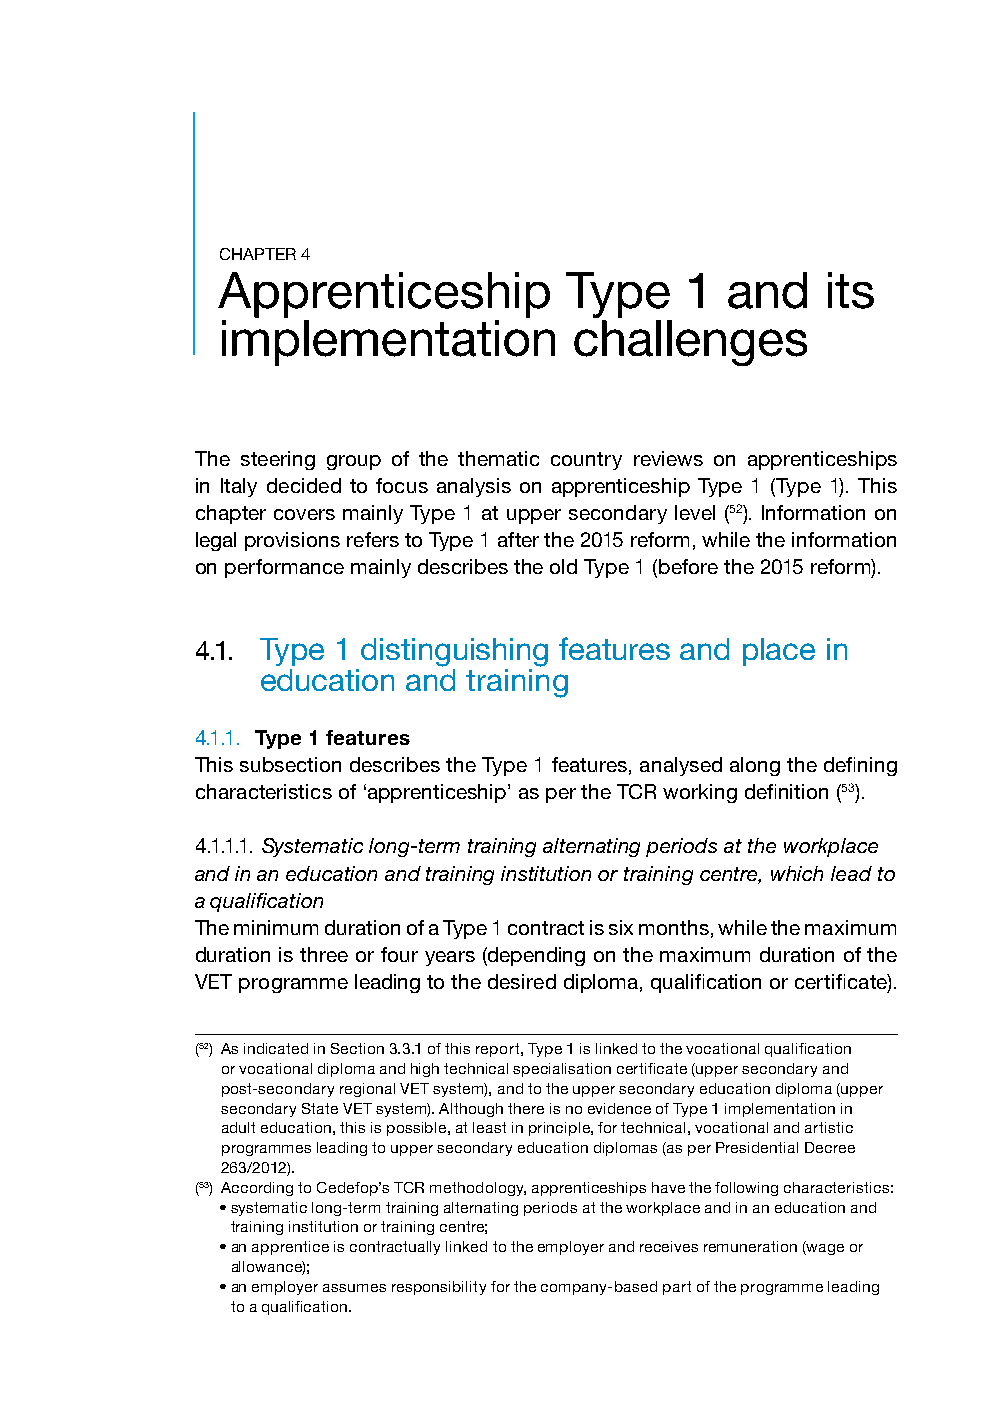
CHAPTER 4
 Apprenticeship         Type    1  and    its
 implementation          challenges
 The steering group of the thematic country reviews on apprenticeships
 in Italy decided to focus analysis on apprenticeship Type 1 (Type 1). This
 chapter covers mainly Type 1 at upper secondary level (52). Information on
 legal provisions refers to Type 1 after the 2015 reform, while the information
 on performance mainly describes the old Type 1 (before the 2015 reform).
 4.1. T ype 1 distinguishing features and place in
 education and training
 4.1.1. Type 1 features
 This subsection describes the Type 1 features, analysed along the defining
 characteristics of ‘apprenticeship’ as per the TCR working definition (53).
 4.1.1.1. Systematic long-term training alternating periods at the workplace
 and in an education and training institution or training centre, which lead to
 a qualification
 The minimum duration of a Type 1 contract is six months, while the maximum
 duration is three or four years (depending on the maximum duration of the
 VET programme leading to the desired diploma, qualification or certificate).
 (52) As indicated in Section 3.3.1 of this report, Type 1 is linked to the vocational qualification
 or vocational diploma and high technical specialisation certificate (upper secondary and
 post-secondary regional VET system), and to the upper secondary education diploma (upper
 secondary State VET system). Although there is no evidence of Type 1 implementation in
 adult education, this is possible, at least in principle, for technical, vocational and artistic
 programmes leading to upper secondary education diplomas (as per Presidential Decree
 263/2012).
 (53) According to Cedefop’s TCR methodology, apprenticeships have the following characteristics:
 • systematic long-term training alternating periods at the workplace and in an education and
 training institution or training centre;
 • an apprentice is contractually linked to the employer and receives remuneration (wage or
 allowance);
 • an employer assumes responsibility for the company-based part of the programme leading
 to a qualification.